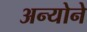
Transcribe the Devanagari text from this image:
अन्योने